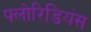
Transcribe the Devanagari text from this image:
फ्लोरिडियंस